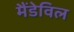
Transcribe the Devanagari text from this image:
मैंडेविल